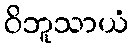
ဝိဘူသာယံ